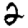
Digit: 2